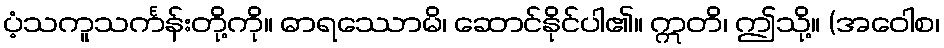
ပံ့သကူသင်္ကန်းတို့ကို။ ဓာရဿောမိ၊ ဆောင်နိုင်ပါ၏။ ဣတိ၊ ဤသို့။ (အဝေါစ၊